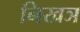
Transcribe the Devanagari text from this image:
निखञ